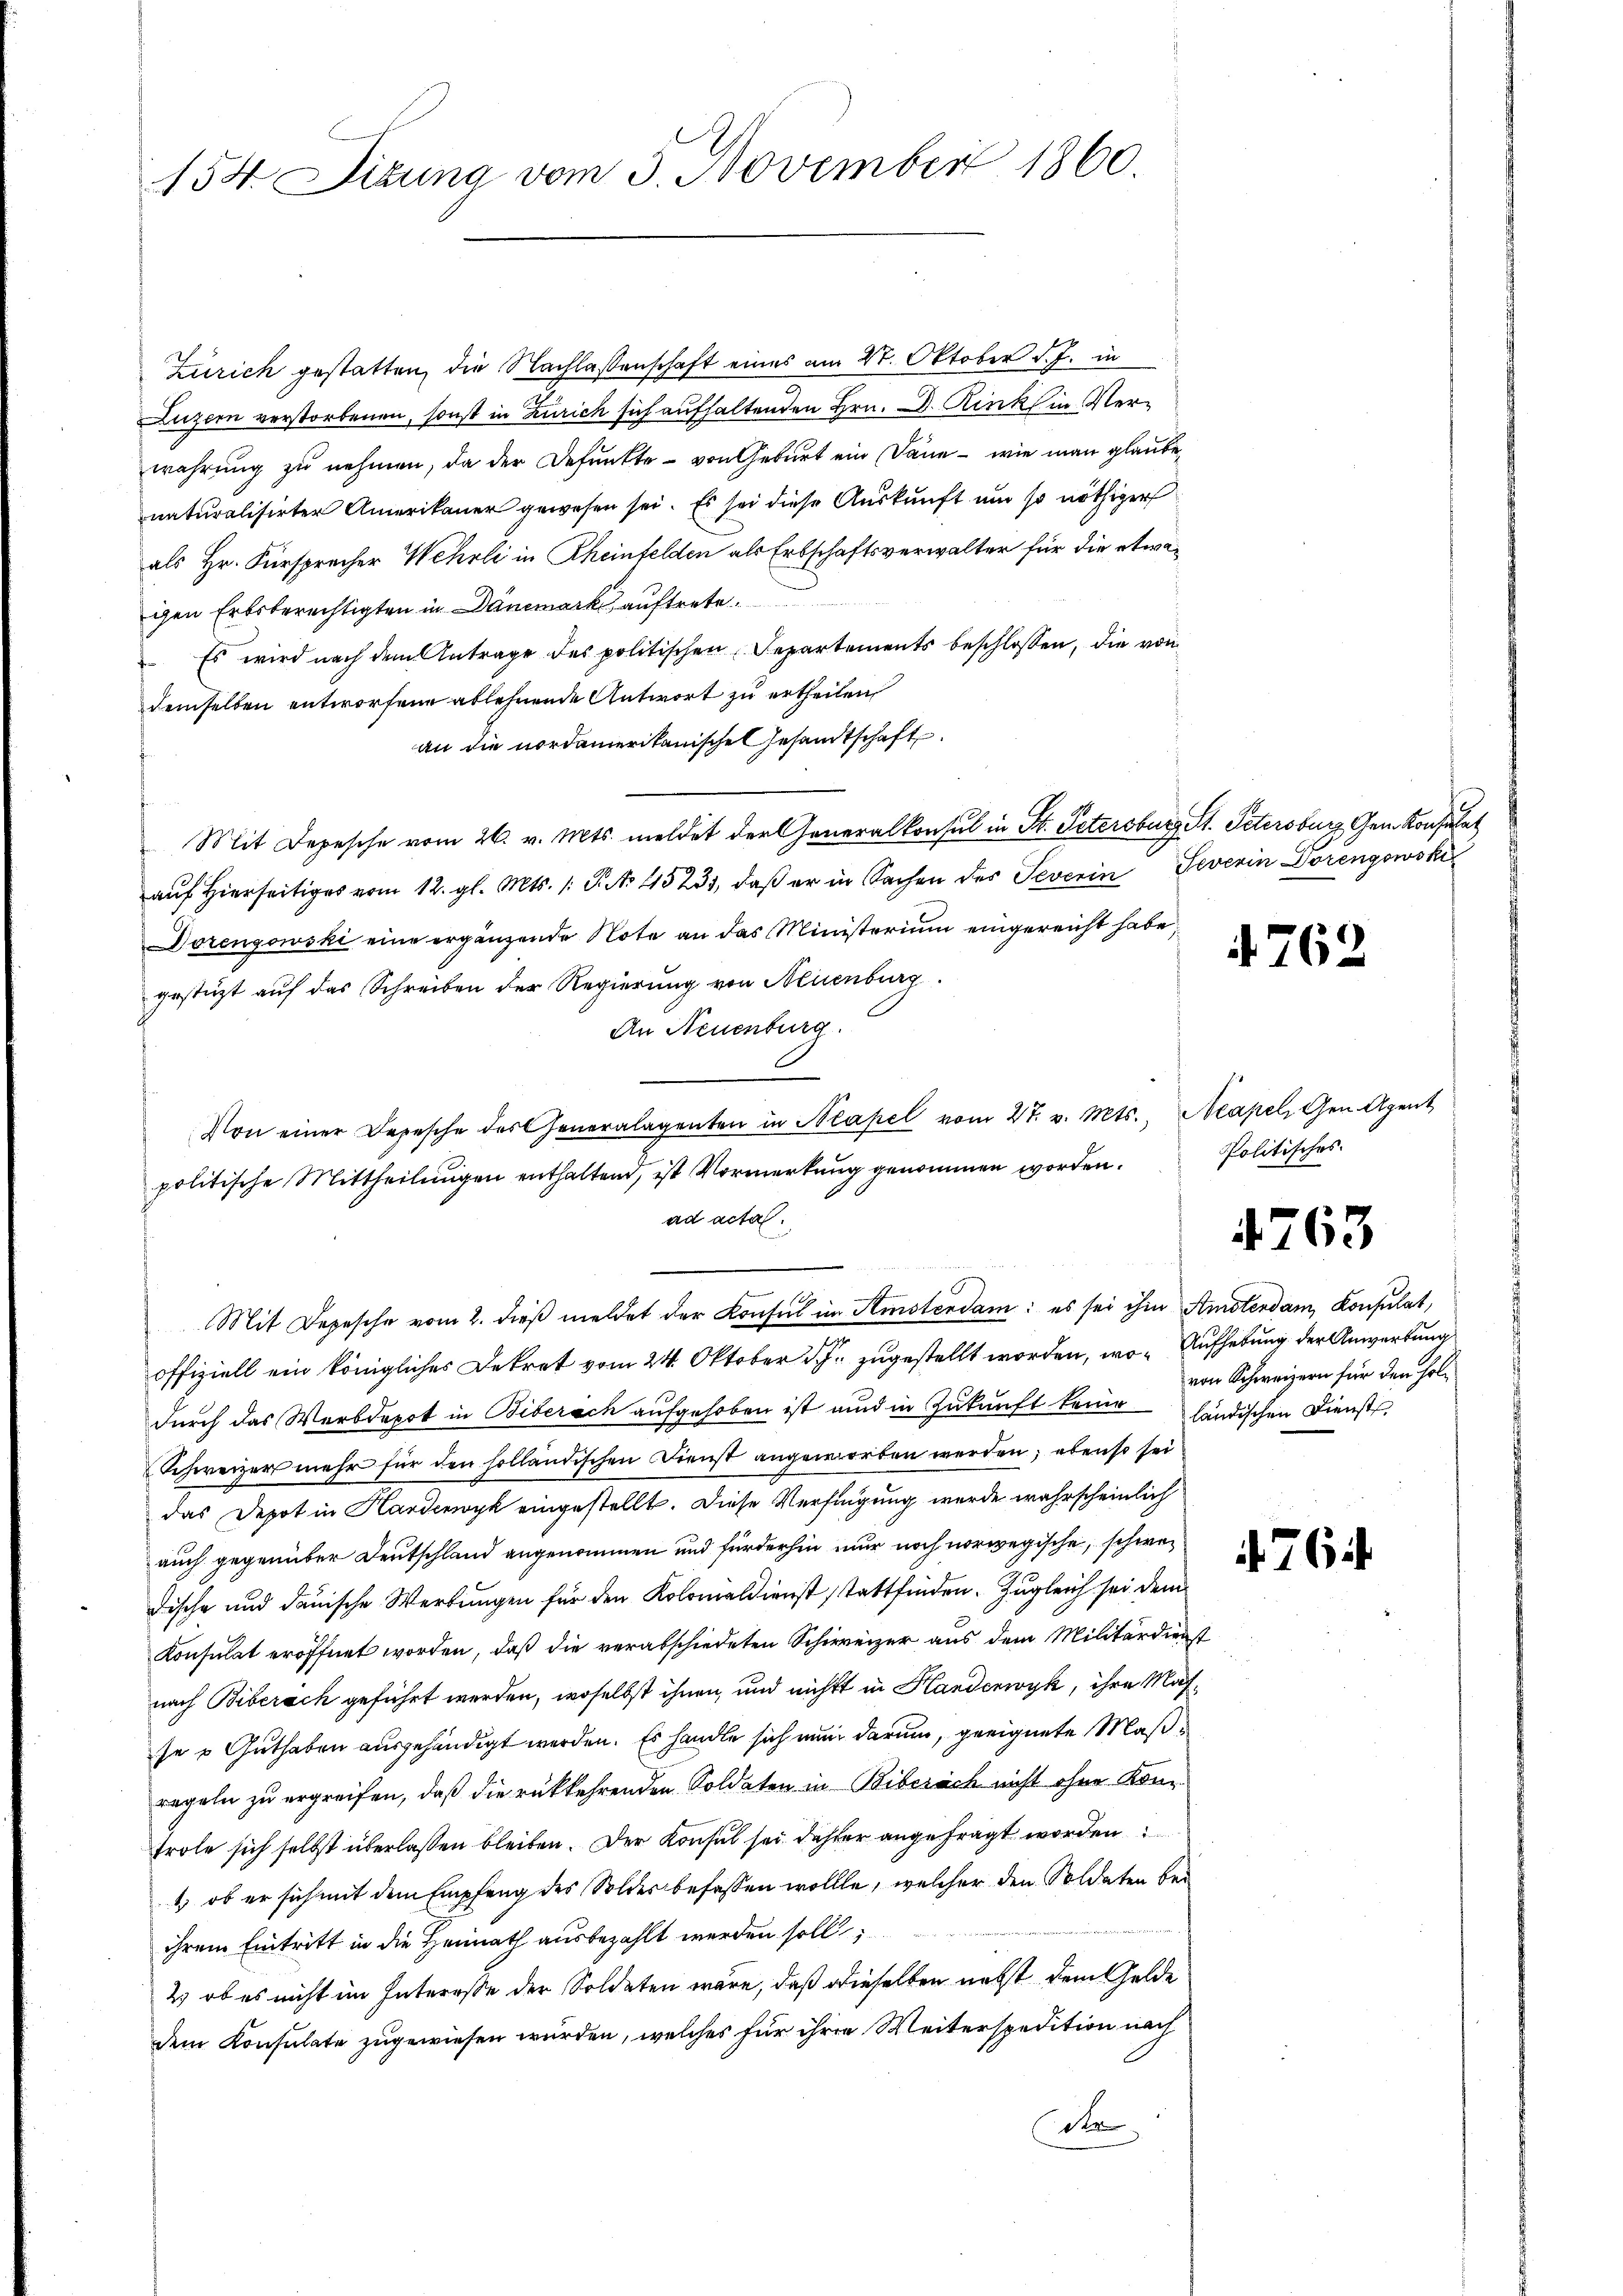
154. Sizung vom 5. November 1860.

Zürich gestatten, die Nachlassenschaft eines am 27. Oktober d. J. in
Luzern verstorbenen, sonst in Zürich sich aufhaltenden Hrn. D. Rinks in Verwahrŭng zŭ nehmen, da der Befunkte - von Geburt ein Däne - wie man glaube,
naturalisirter Amerikaner gewesen sei. Es sei diese Auskunft um so nöthiger
als Hr. Fürsprecher Wehrli in Rheinfelden als Erbschaftsverwalter für die etwagen Erbsberechtigten in Dänemark auftrete.
 Es wird nach dem Antrage des politischen Separtements beschlossen, die von
demselben entworfene ablehnende Antwort zu ertheilen,
an die nordamerikanischen Gesandtschaft.
Mit Depesche vom 26. v. Mts. meldet der Generalkonsul in St. Petersburg St. Petersburg, Gem. Konsulat
aŭf hierseitiges vom 12. gl. Mts. 1. P. No 15231, daβ er in Sachen des Severin Severin Dorengowski
Dorenzowski eine ergänzende Note an das Ministerium eingereicht habe.
gestüzt auf das Schreiben der Regierung von Neuenburg.
An Neuenburg.
Von einer Depesche des Generalagenten in Neapel vom 27. v. Mts. Neapel, Gen. Agent
politische Mittheilungen enthaltend, ist Vormerkung genommen worden.
ad acta.
Mit Depesche vom 2. dieβ meldet der Konsul im Amsterdam: es sei ihm Amsterdam Konsulat,
offiziell ein königliches Dekret vom 24. Oktober d. J. zugestellt worden, wo Aufhebung der Anwertung
durch das Werbdepot in Biberach aufgehoben ist und in Zukunft keiner ländischen Dienst
Schweizer mehr für den holländischen Dienst angeworben werden; ebenso sei
das Depot in Harderoyk eingestellt. Diese Verfügung wurde wahrscheinlich
auch gegenüber Deutschland angenommen und fürderhin nur noch vorwegische, schwer
dische und danische Werbungen für den Kolomaldienst stattfinden. Zugleich sei dem
Konsulat eröffnet worden, daß die verabschiedeten Schweizer aus dem Militärdienst
nach Biberack geführt werden, woselbst ihnen, und nicht in Handenwyk, ihre Masse v Guthaben ausgehändigt werden. Es handle sich nun darum, geeignete Maßregeln zu ergreifen, daß die rückkehrenden Soldaten in Biberich nicht ohne Kontrole sich selbst überlassen bleiben. Der Konsul sei daher angefragt worden
1.) ob er sich mit dem Empfang des Solder befassen wollte, welcher den Soldaten bei
ihrem Eintritt in die Heimath ausbezahlt werden soll;
2) ob es nicht im Interesse der Soldaten wäre, daß dieselben nebst dem Gelde
dem Konsulate zugewiesen wurden, welches für ihrer Weiterspedition nach
der

4762

Politisches.

4763

von Schweizern für den Hol¬

764.